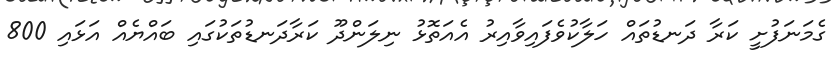
ގެމަނަފުށީ ކަރާ ދަނޑުތައް ހަލާކުވެފައިވާއިރު އެއަތޮޅު ނިލަންދޫ ކަރާދަނޑުތަކުގައި ބައްޔެއް އަޅައި 800